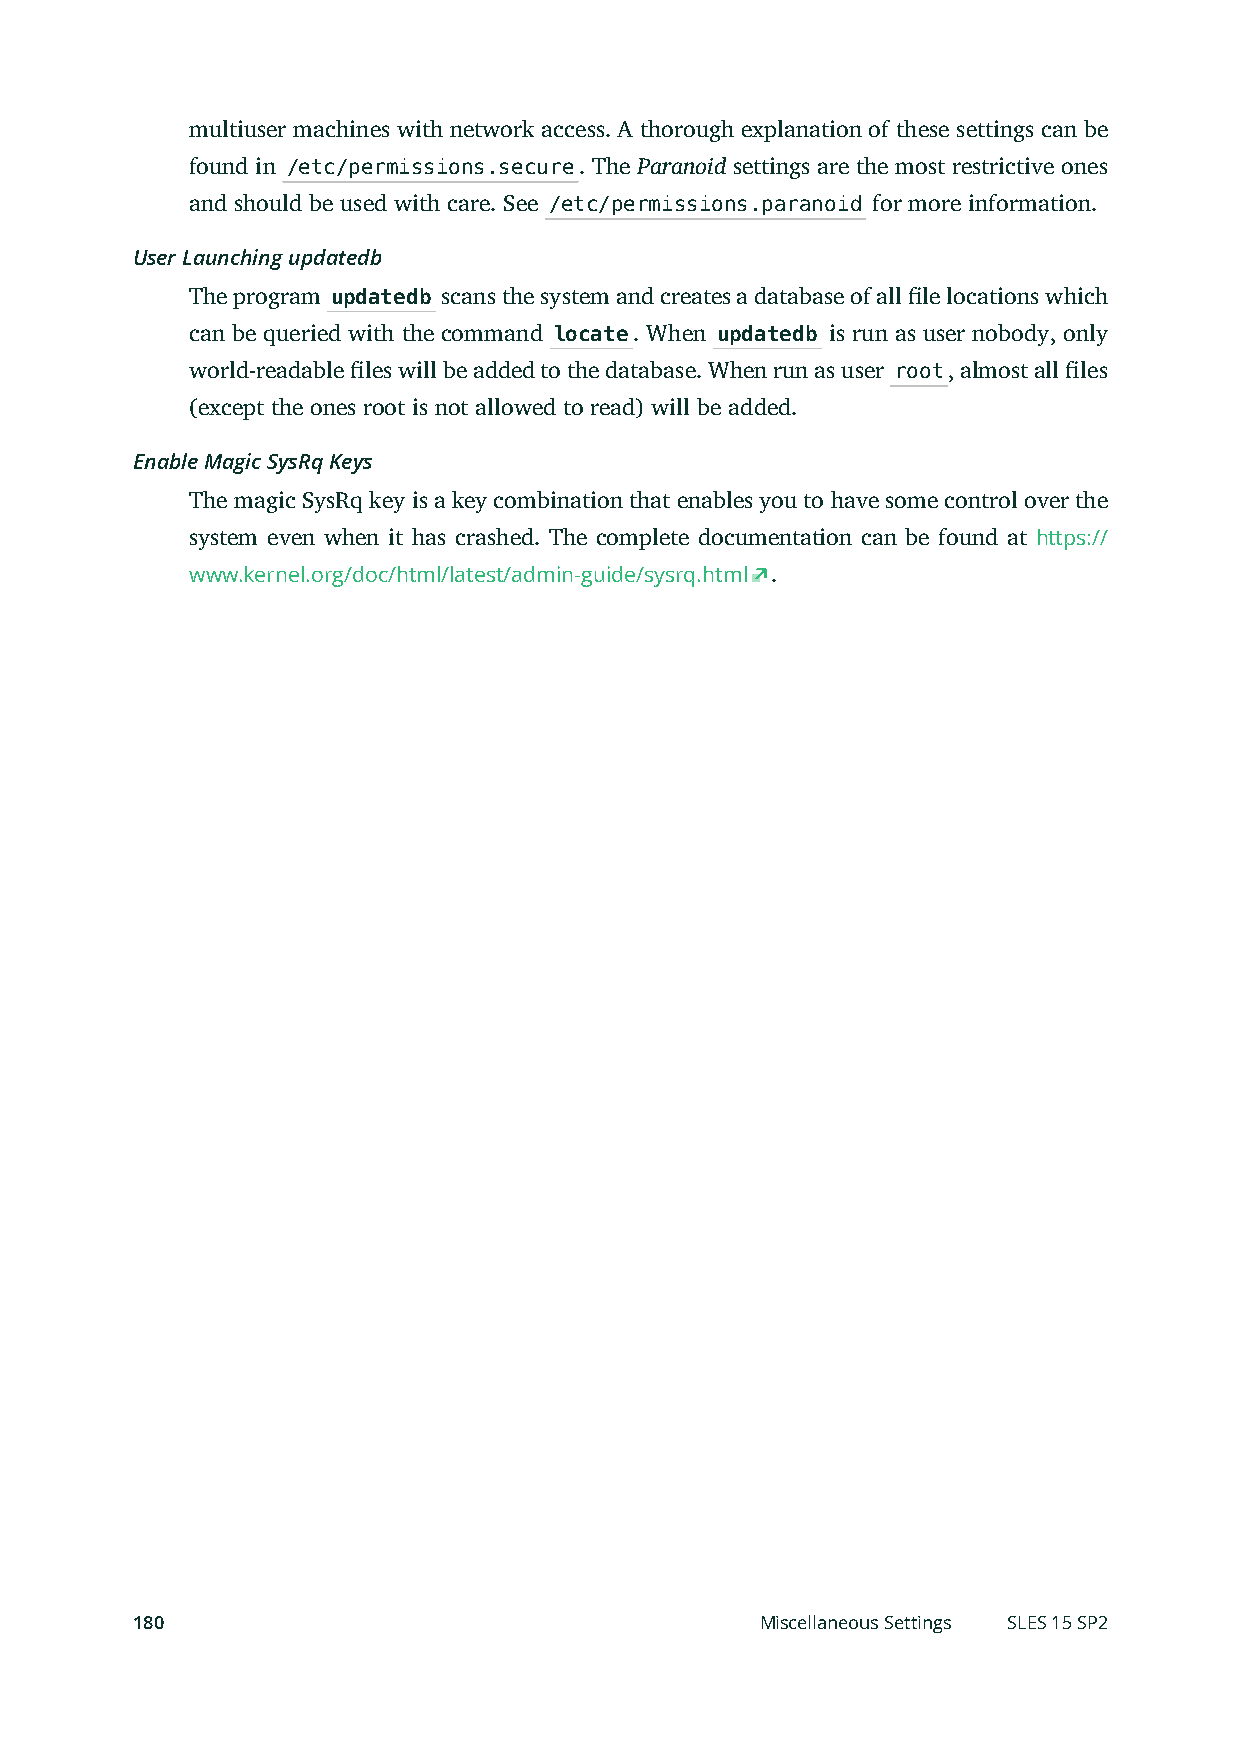
multiuser machines with network access. A thorough explanation of these settings can be
 found in /etc/permissions.secure. The Paranoid settings are the most restrictive ones
 and should be used with care. See /etc/permissions.paranoid for more information.
 User Launching updatedb
 The program updatedb scans the system and creates a database of all le locations which
 can be queried with the command locate. When updatedb is run as user nobody, only
 world-readable les will be added to the database. When run as user root, almost all les
 (except the ones root is not allowed to read) will be added.
 Enable Magic SysRq Keys
 The magic SysRq key is a key combination that enables you to have some control over the
 system even when it has crashed. The complete documentation can be found at https://
 www.kernel.org/doc/html/latest/admin-guide/sysrq.html .
 180                                      Miscellaneous Settings SLES 15 SP2